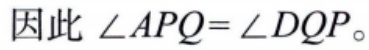
因此 \(\angle APQ = \angle DQP\)。